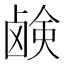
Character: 𫠗